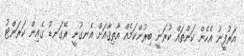
އަރުފީނު އެހެން ކަންތައް ކުރަނީ ބިރުންކަމެއް އާތިޤާއަށް އެނގުނީ ރޭގަނޑު ގެއިން ކަރަންޓު